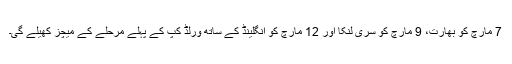
7 مارچ کو بھارت، 9 مارچ کو سری لنکا اور 12 مارچ کو انگلینڈ کے ساتھ ورلڈ کپ کے پہلے مرحلے کے میچز کھیلے گی۔